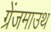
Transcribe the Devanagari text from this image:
ग्रेंजमाउथ